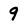
Character: 9